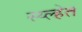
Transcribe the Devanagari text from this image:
स्य्ल्हेत